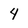
Character: 4